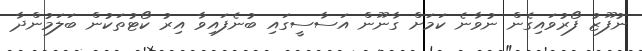
ނުފޫޒު ފޯރުވައިގެން ނުވާނެ ކަމަށް ގާނޫން އަސާސީގައި ބުނެފައިވާ އިރު ކޯޓުތަކުން ބަލަމުންދާ